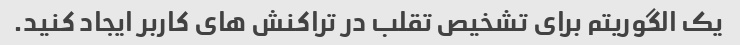
یک الگوریتم برای تشخیص تقلب در تراکنش های کاربر ایجاد کنید.